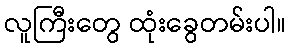
လူကြီးတွေ ထုံးခွေတမ်းပါ။